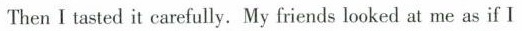
Then I tasted it carefully.My friends looked at me as if I